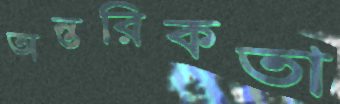
অন্তরিকতা